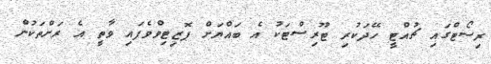
ރިސޯޓްގައި ޗުއްޓީ ހޭދަކުރި ޓޫރިސްޓަކު އެ ބައްޔަށް ޕޮޒިޓިވްވެފައި ވާތީ އެ ރަށްތަކުން